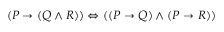
( P \to ( Q \land R ) ) \Leftrightarrow ( ( P \to Q ) \land ( P \to R ) )